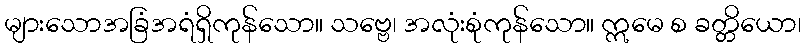
များသောအခြံအရံရှိကုန်သော။ သဗ္ဗေ၊ အလုံးစုံကုန်သော။ ဣမေ စ ခတ္တိယော၊